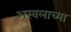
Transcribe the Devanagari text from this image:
अस्वलाच्या